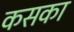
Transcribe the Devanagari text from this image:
कसका